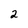
Character: 2